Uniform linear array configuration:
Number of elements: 12
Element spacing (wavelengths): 1
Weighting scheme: hamming
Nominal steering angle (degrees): -30
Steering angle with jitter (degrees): -28.642
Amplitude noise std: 0.05
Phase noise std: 0.05

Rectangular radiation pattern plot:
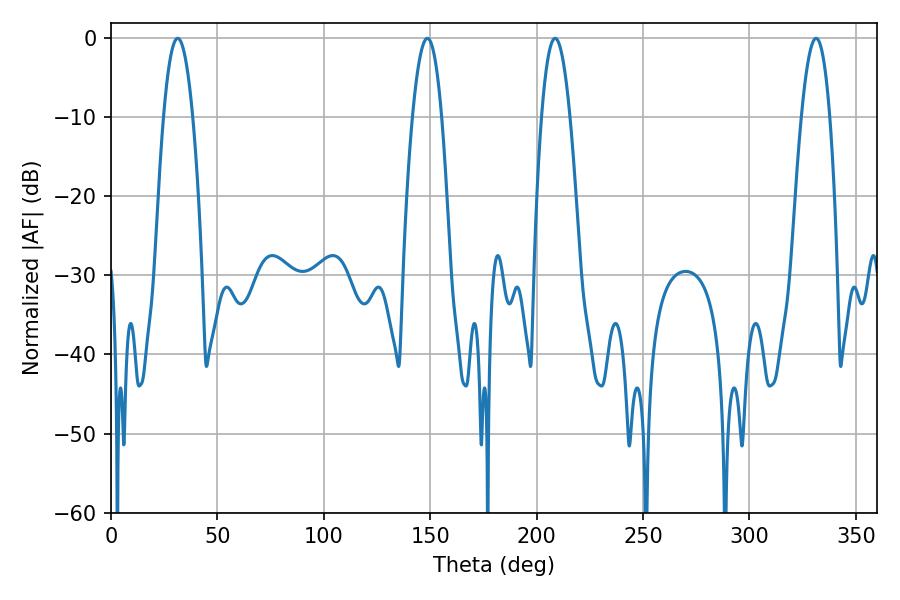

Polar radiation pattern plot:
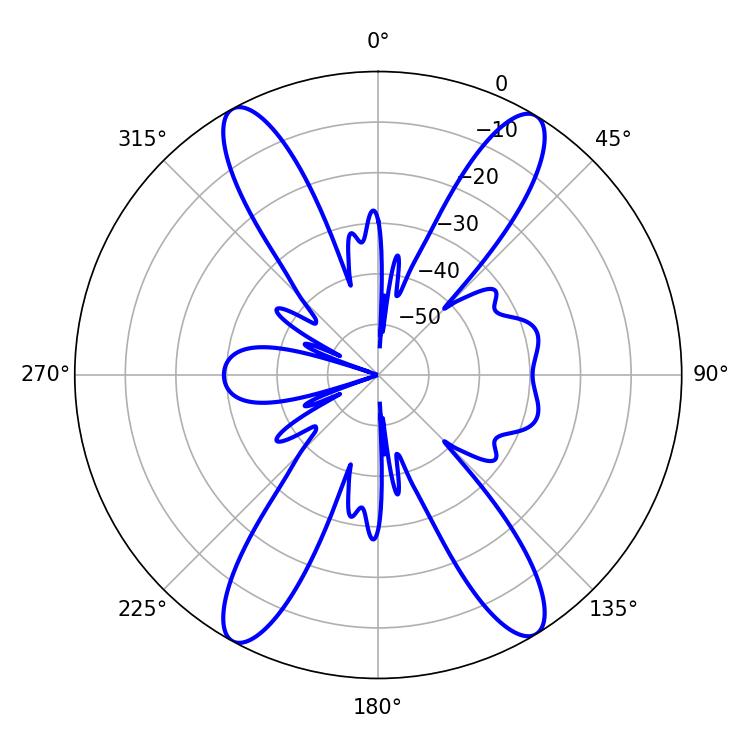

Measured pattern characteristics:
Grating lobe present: TRUE
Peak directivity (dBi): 21.116
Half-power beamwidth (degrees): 7.38
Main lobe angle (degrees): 148.68